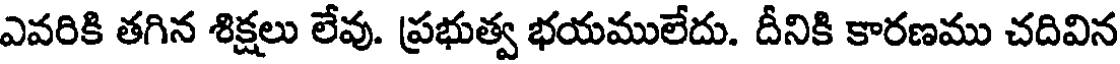
ఎవరికి తగిన శిక్షలు లేవు. ప్రభుత్వ భయములేదు. దీనికి కారణము చదివిన